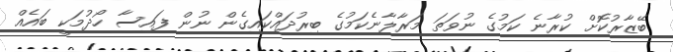
ބޭޒާރުކޮށް ކުރާނެ ކަމުގެ ނުވަތަ މަރާލާނެކަމުގެ ބިރުދައްކައިގެން ނުން ފައިސާ ހޯދުމަކީ ބައެއް